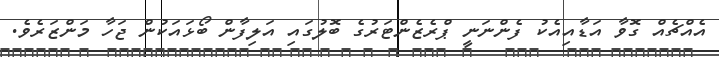
އެއްޗެއް ގޮވާ އަޑާއިއެކު ފެންނަނީ ޕްރެޒެންޓަރުގެ ބޮލުގައި އަލިފާން ބޯޅައަކުން ޖަހާ މަންޒަރެވެ.